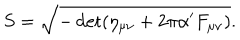
S = \sqrt { - \det ( \eta _ { \mu \nu } + 2 \pi \alpha ^ { \prime } F _ { \mu \nu } ) } .